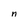
Character: n